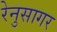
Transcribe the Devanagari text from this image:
रेनुसागर